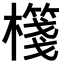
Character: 𣝕